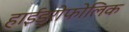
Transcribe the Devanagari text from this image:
हाईड्रोफोलिक